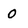
Character: 0